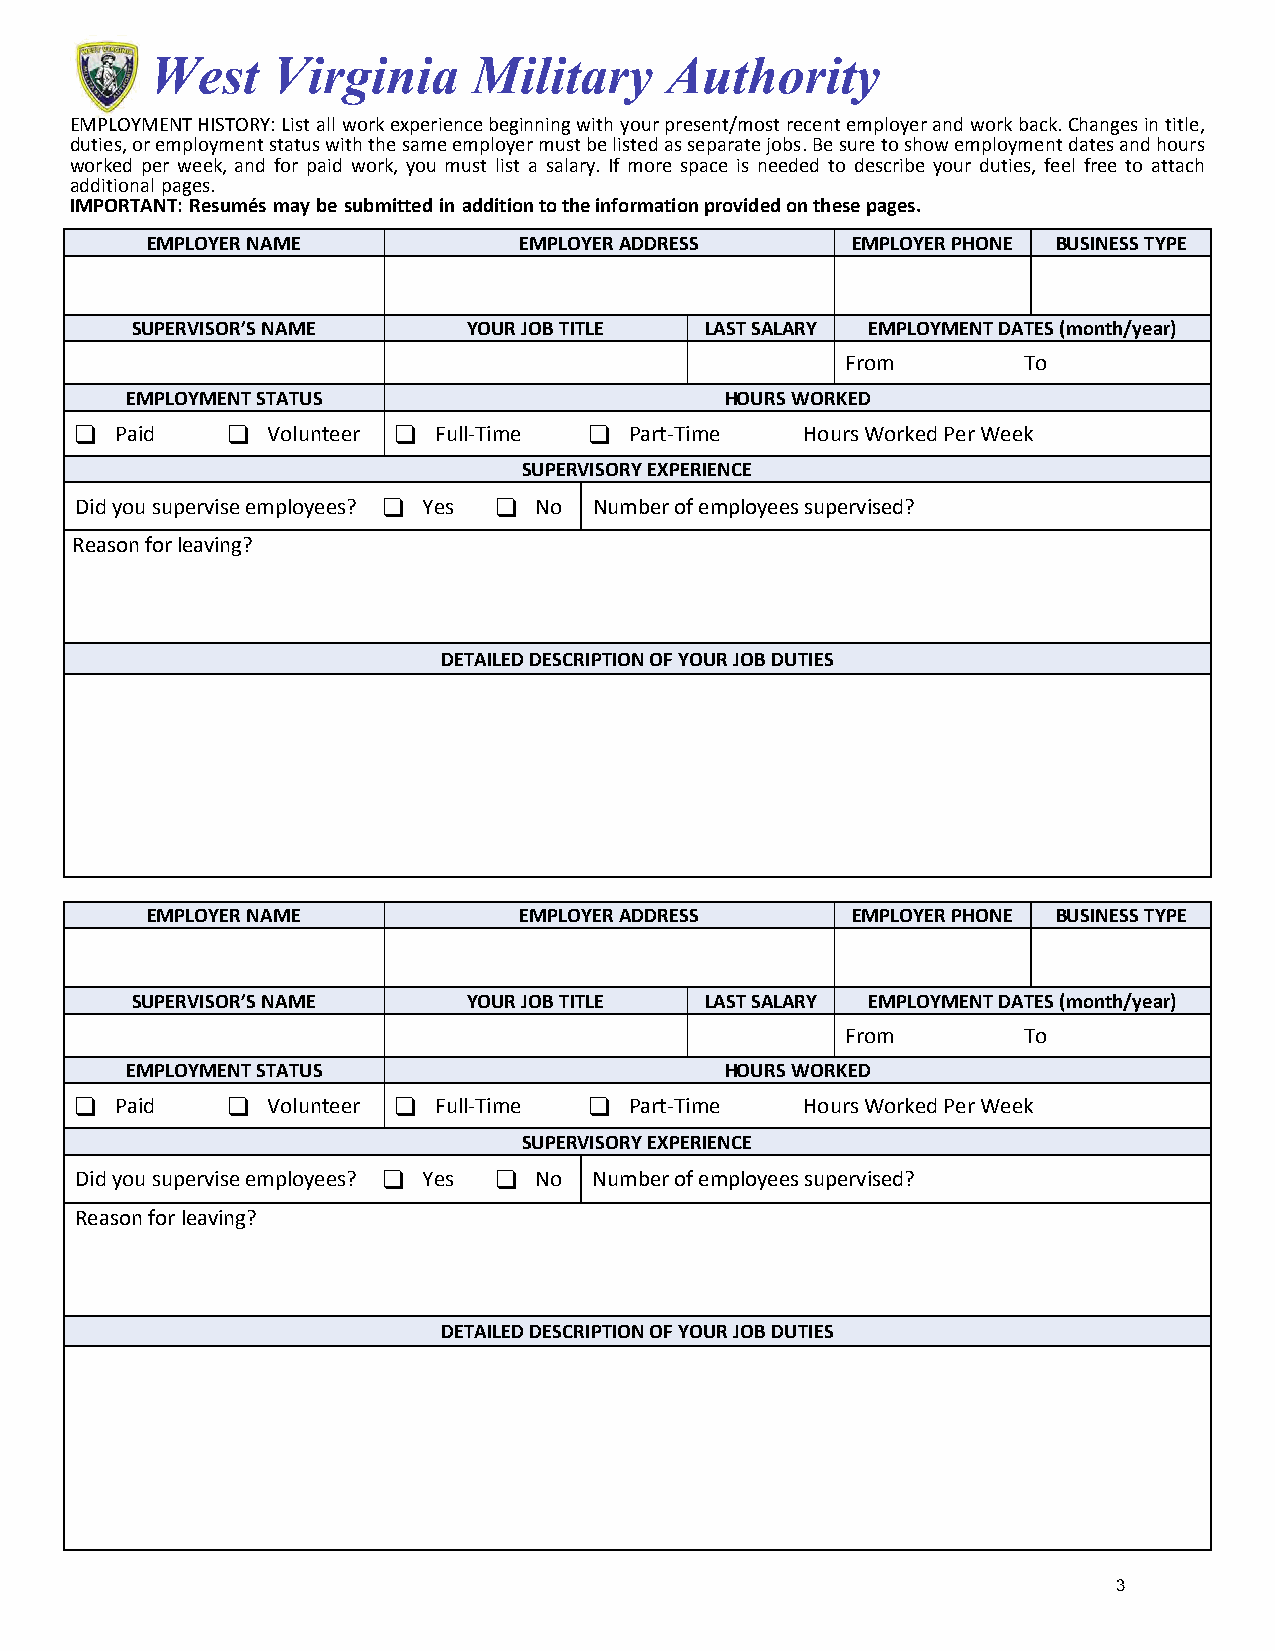
West    Virginia     Military     Authority
 EMPLOYMENT HISTORY: List all work experience beginning with your present/most recent employer and work back. Changes in title,
 duties, or employment status with the same employer must be listed as separate jobs. Be sure to show employment dates and hours
 worked per week, and for paid work, you must list a salary. If more space is needed to describe your duties, feel free to attach
 additional pages.
 IMPORTANT: Resumés may be submitted in addition to the information provided on these pages.
 EMPLOYER NAME           EMPLOYER ADDRESS      EMPLOYER PHONE BUSINESS TYPE
 SUPERVISOR’S NAME     YOUR JOB TITLE  LAST SALARY EMPLOYMENT DATES (month/year)
 From        To
 EMPLOYMENT STATUS                       HOURS WORKED
   Paid     Volunteer  Full-Time  Part-Time  Hours Worked Per Week
 SUPERVISORY EXPERIENCE
 Did you supervise employees?  Yes  No Number of employees supervised?
 Reason for leaving?
 DETAILED DESCRIPTION OF YOUR JOB DUTIES
 EMPLOYER NAME           EMPLOYER ADDRESS      EMPLOYER PHONE BUSINESS TYPE
 SUPERVISOR’S NAME     YOUR JOB TITLE  LAST SALARY EMPLOYMENT DATES (month/year)
 From        To
 EMPLOYMENT STATUS                       HOURS WORKED
   Paid     Volunteer  Full-Time  Part-Time  Hours Worked Per Week
 SUPERVISORY EXPERIENCE
 Did you supervise employees?  Yes  No Number of employees supervised?
 Reason for leaving?
 DETAILED DESCRIPTION OF YOUR JOB DUTIES
 3